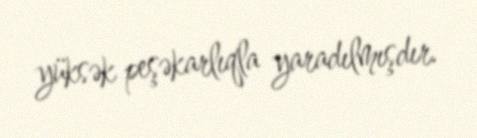
yüksək peşəkarlıqla yaradılmışdır.